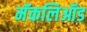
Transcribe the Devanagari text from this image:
मॅकलिऑड